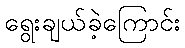
ရွေးချယ်ခဲ့ကြောင်း